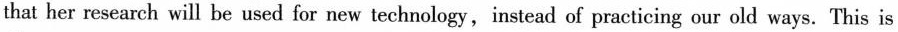
that her research will be used for new technology,instead of practicing our old ways. This is